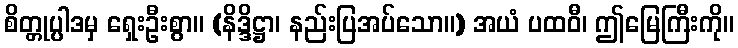
စိတ္တုပ္ပါဒမှ ရှေးဦးစွာ။ (နိဒ္ဒိဋ္ဌာ၊ နည်းပြအပ်သော။) အယံ ပထဝီ၊ ဤမြေကြီးကို။